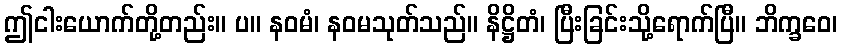
ဤငါးယောက်တို့တည်း။ ပ။ နဝမံ၊ နဝမသုတ်သည်။ နိဋ္ဌိတံ၊ ပြီးခြင်းသို့ရောက်ပြီ။ ဘိက္ခဝေ၊